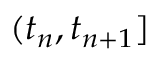
( t _ { n } , t _ { n + 1 } ]